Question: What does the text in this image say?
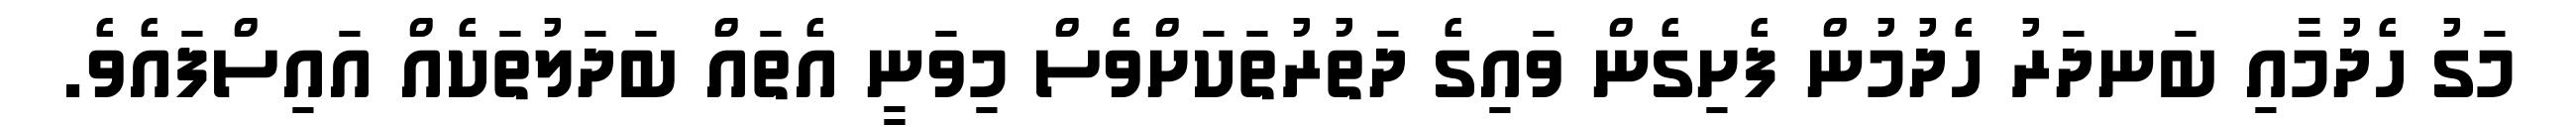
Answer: މަގު ހެދުމާއި ބަނދަރު ހެދުމުން ފެށިގެން ވައިގެ ދަތުރުތަކަށްވެސް މިވަނީ އެތައް ބަދަލުތަކެއް އައިސްފައެވެ.